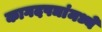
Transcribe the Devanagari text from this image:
कागदपञांमध्ये